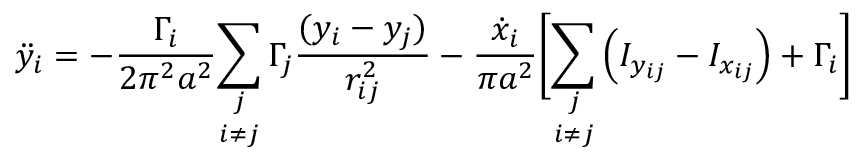
\ddot { y } _ { i } = - \frac { \Gamma _ { i } } { 2 \pi ^ { 2 } a ^ { 2 } } \underset { i \neq j } { \sum _ { j } } \, \Gamma _ { j } \frac { ( y _ { i } - y _ { j } ) } { r _ { i j } ^ { 2 } } - \frac { \dot { x } _ { i } } { \pi a ^ { 2 } } \biggr [ \underset { i \neq j } { \sum _ { j } } \left( I _ { y _ { i j } } - I _ { x _ { i j } } \right) + \Gamma _ { i } \biggr ]